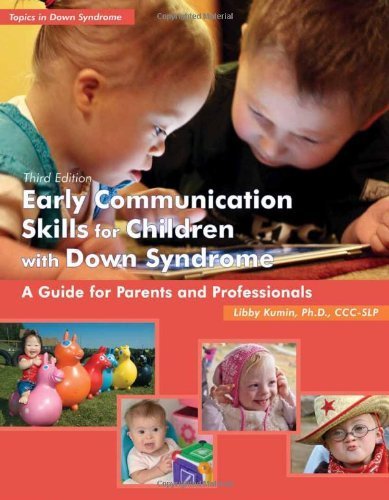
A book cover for EARLY COMMUNICATION SKILLS FOR CHILDREN (Topics in Down Syndrome) by KUMIN, LIBBY (2012) Paperback; Health, Fitness & Dieting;